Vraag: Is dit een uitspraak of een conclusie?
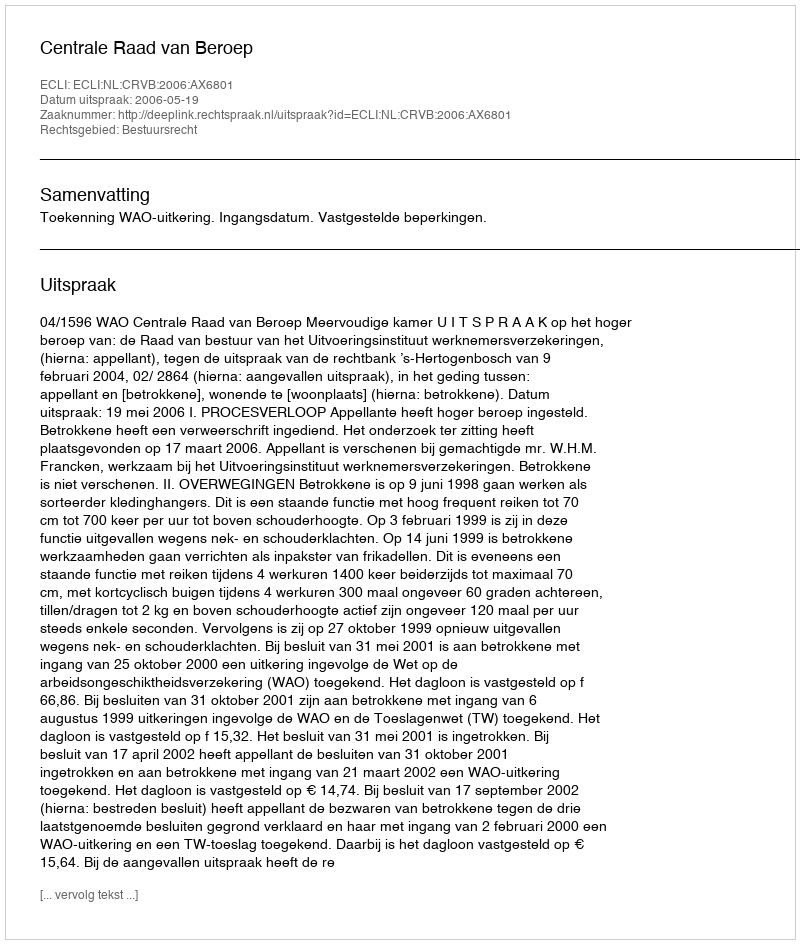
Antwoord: Uitspraak